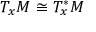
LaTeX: T _ { x } M \cong T _ { x } ^ { * } M